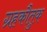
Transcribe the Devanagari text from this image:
ग्रहकौतुक